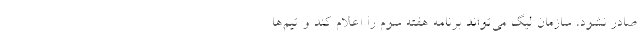
صادر نشود، سازمان لیگ می‌تواند برنامه هفته سوم را اعلام کند و تیم‌ها